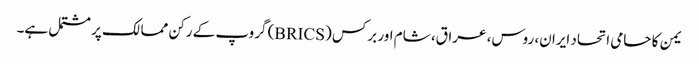
یمن کا حامی اتحاد ایران، روس، عراق، شام اور برکس (BRICS) گروپ کے رکن ممالک پر مشتمل ہے۔